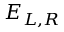
E _ { L , R }